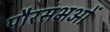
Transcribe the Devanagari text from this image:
पौरसभओं